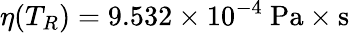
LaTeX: \eta(T_{R})=9.532\times 10^{-4}\ \textrm{Pa}\times\textrm{s}